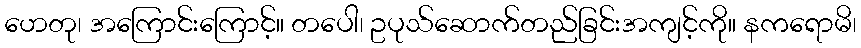
ဟေတု၊ အကြောင်းကြောင့်။ တပေါ၊ ဥပုသ်ဆောက်တည်ခြင်းအကျင့်ကို။ နကရောမိ၊